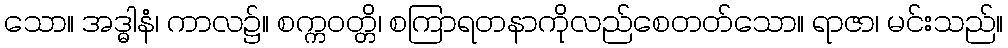
သော။ အဒ္ဓါနံ၊ ကာလ၌။ စက္ကဝတ္တိ၊ စကြာရတနာကိုလည်စေတတ်သော။ ရာဇာ၊ မင်းသည်။